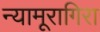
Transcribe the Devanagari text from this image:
न्यामूरागिरा